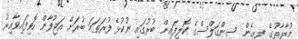
މުބާރާތުގެ ފިރިހެން ސިންގަލްސްގެ ކޮލިފައިން ބުރުގައި ނުކުޅެ ފުރަތަމަ ބުރަށް އަޖުފާން ހޮވިފައިވާއިރު